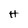
Character: H